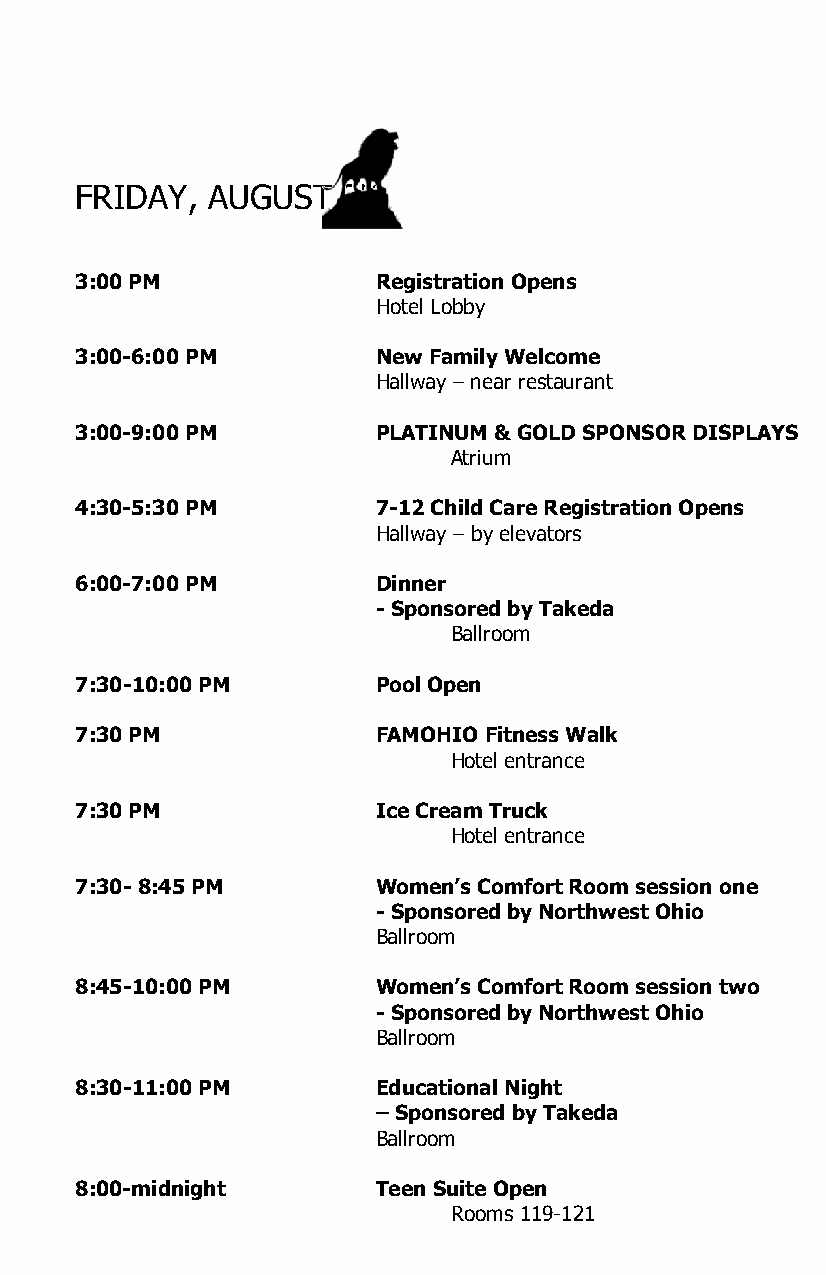
FRIDAY,  AUGUST   2nd
 3:00 PM             Registration Opens
 Hotel Lobby
 3:00-6:00 PM        New Family Welcome
 Hallway – near restaurant
 3:00-9:00 PM        PLATINUM & GOLD SPONSOR DISPLAYS
 Atrium
 4:30-5:30 PM        7-12 Child Care Registration Opens
 Hallway – by elevators
 6:00-7:00 PM        Dinner
 - Sponsored by Takeda
 Ballroom
 7:30-10:00 PM       Pool Open
 7:30 PM             FAMOHIO Fitness Walk
 Hotel entrance
 7:30 PM             Ice Cream Truck
 Hotel entrance
 7:30- 8:45 PM       Women’s Comfort Room session one
 - Sponsored by Northwest Ohio
 Ballroom
 8:45-10:00 PM       Women’s Comfort Room session two
 - Sponsored by Northwest Ohio
 Ballroom
 8:30-11:00 PM       Educational Night
 – Sponsored by Takeda
 Ballroom
 8:00-midnight       Teen Suite Open
 Rooms 119-121